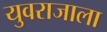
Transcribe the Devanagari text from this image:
युवराजाला